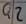
Text: Q2